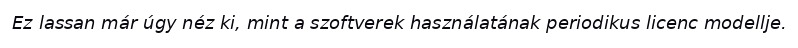
Ez lassan már úgy néz ki, mint a szoftverek használatának periodikus licenc modellje.